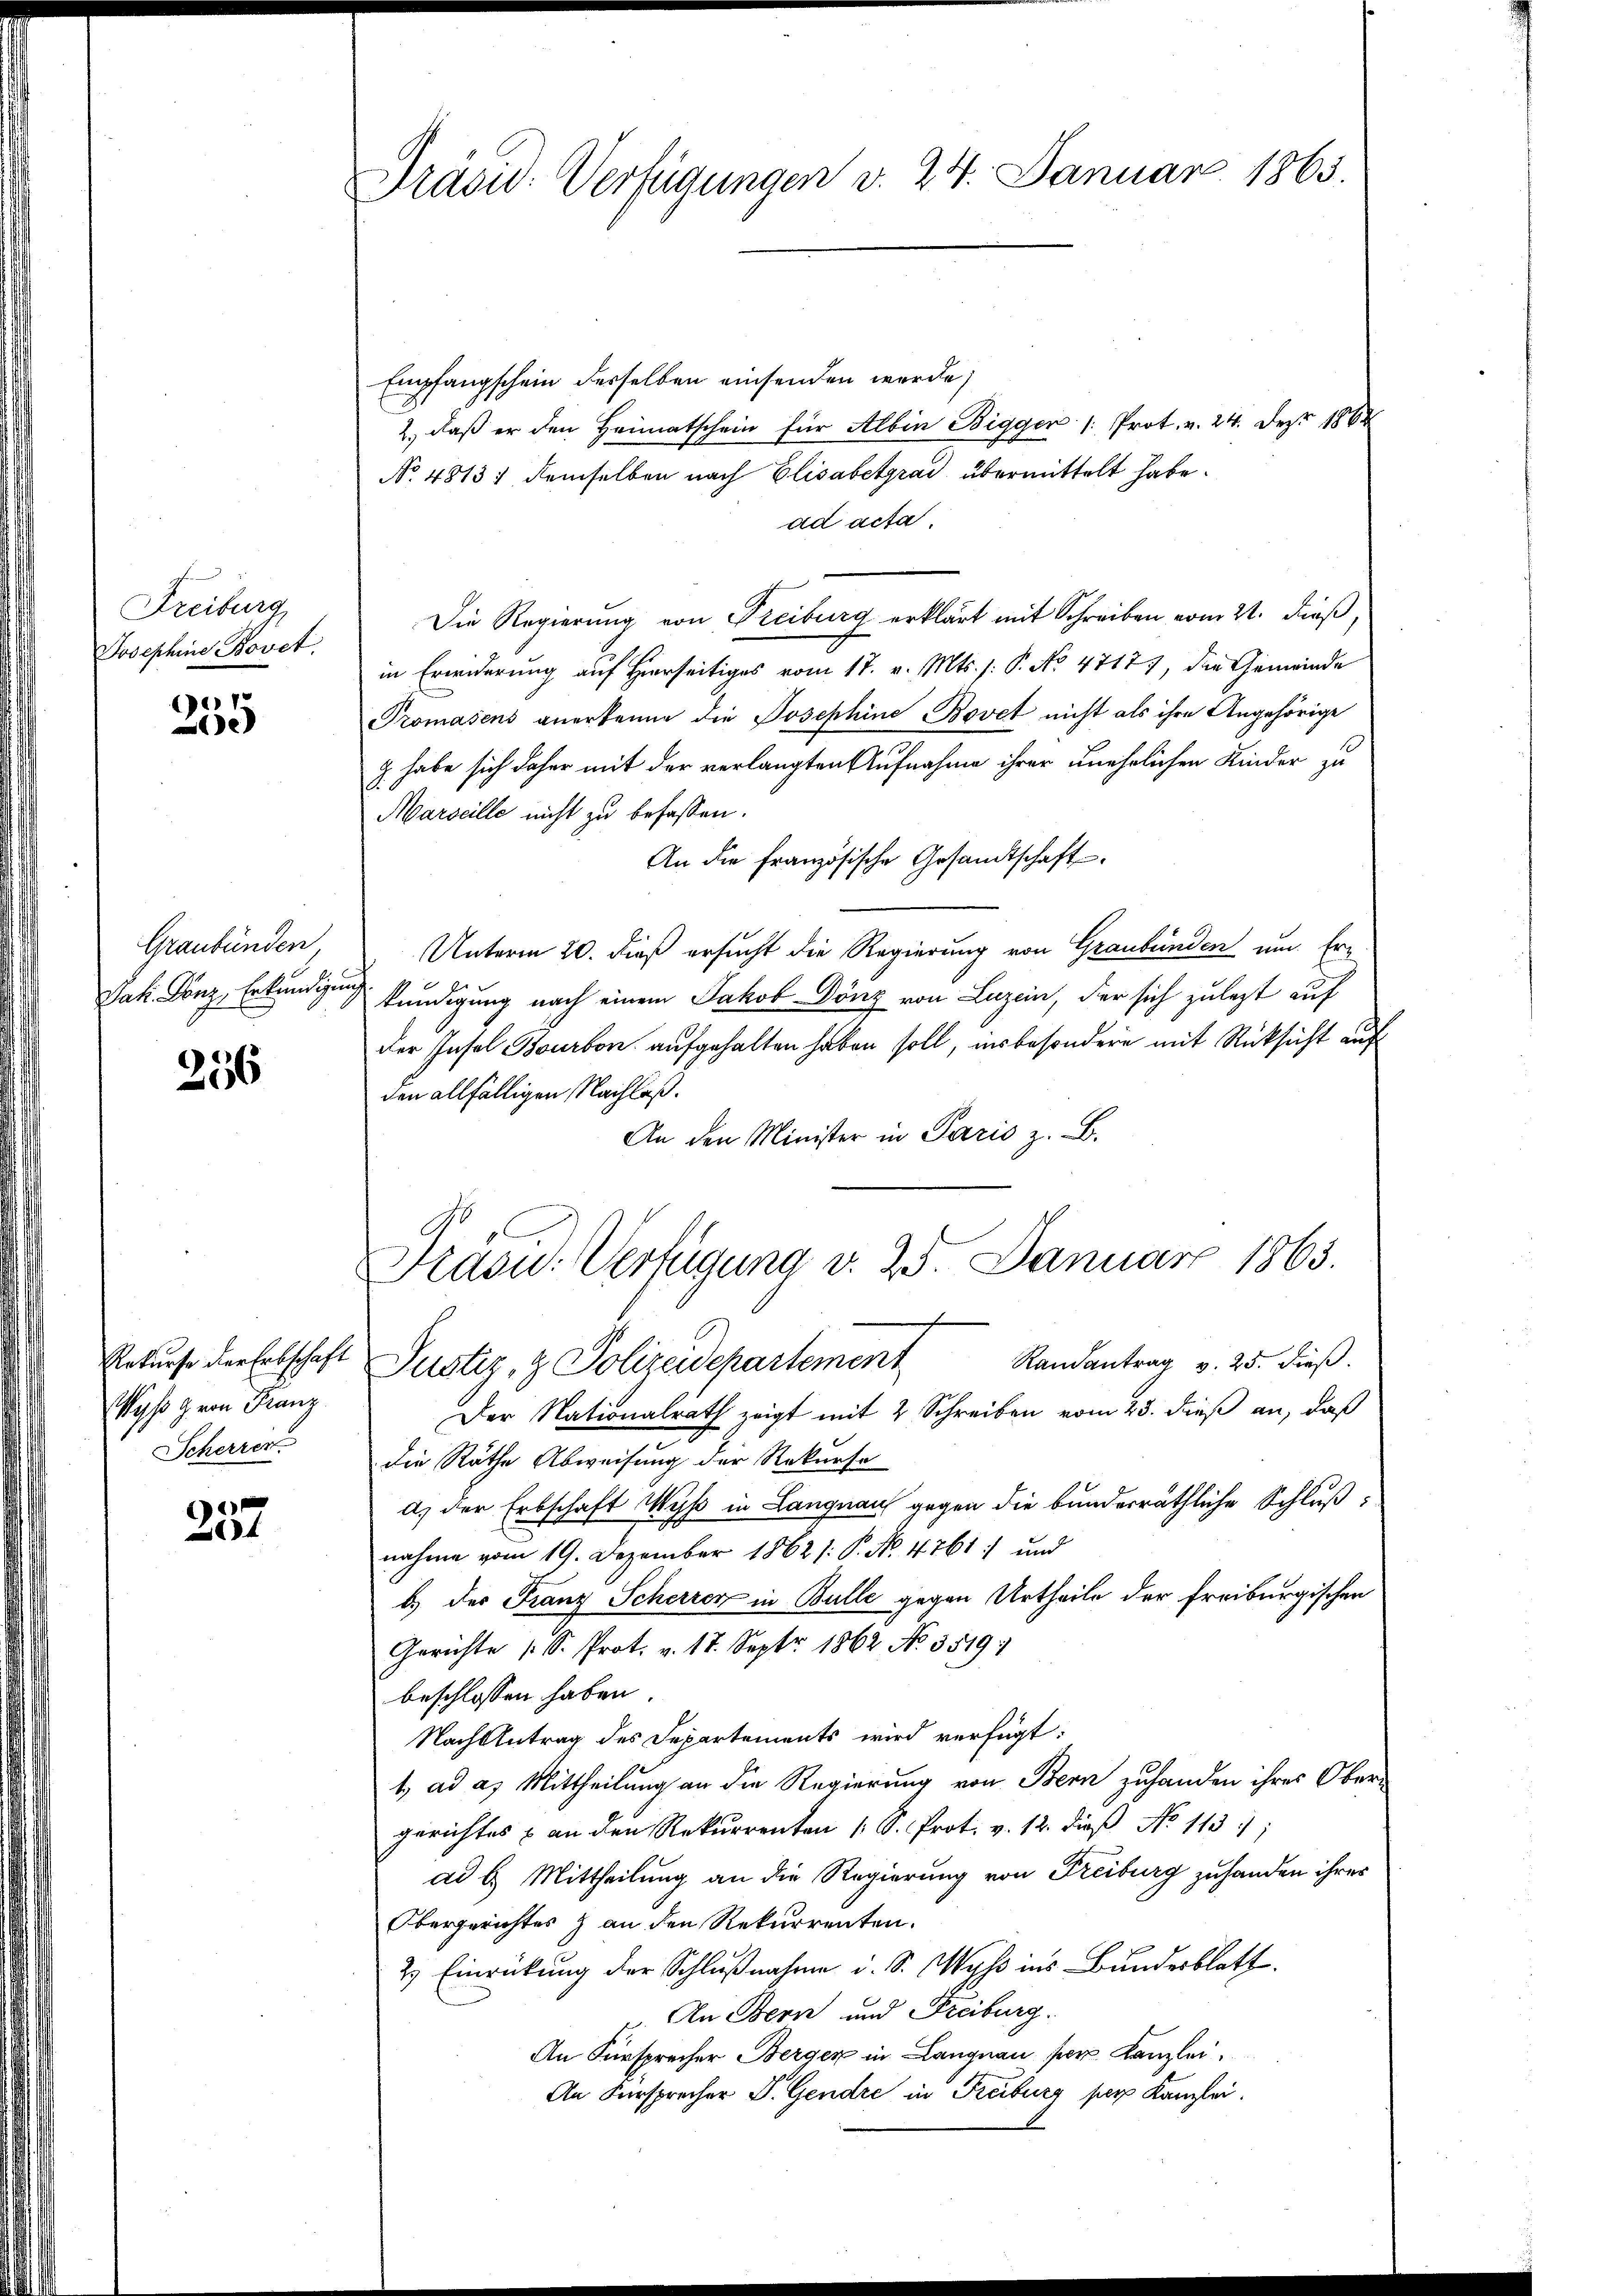
Freiburg,
Josephine Bovet.

1
e

Graubünden
dat. Long. Erkundigung

256

Rekurse der Erbschaft
Wyß von Franz
Scherren

1
4

Präsid. Verfügungen v. 24. Januar 1863.

Empfangschein derselben einsenden werde,
2., daß er den Heimatschein für Albin Bigger /: Prot. v. 24. Dez. 1864
No. 48137 demselben nach Elisabetgrad übermittelt habe.
ad acta
Die Regierung von Freiburg erklärt mit Schreiben vom 21. dieß,
in Erwiderung auf Hierseitiges vom 17. v. Mts. s: P. No 4717), die Gemeinde
Promasens anerkenne die Josephine Bovet nicht als ihre Angehörige
g. habe sich daher mit der verlangten Aufnahme ihrer unehrlichen Kinder zu
Marseille nicht zu befassen.
An die französische Gesandtschaft
Unterm 20. dieß ersucht die Regierung von Graubünden um Erkundigung nach einem Jakob Dönz von Luzern, der sich zulezt auf
der Insel Bourbon aufgehalten haben soll, insbesondere mit Rücksicht auf
den allfälligen Nachlaß.
An den Minister in Paris z. B.
Frasu: Verfügung v. 25 Januar 1863.
Justiz- & Polizeidepartement Randantrag v. 25. dieβ.
Der Nationalrath zeigt mit 2 Schreiben vom 23. dieß an, daß
die Räthe Abweisung der Rekurse
d) der Erbschaft Wyß in Langnau gegen die bunderräthliche Schlußnahme vom 19. Dezember 1862 /: P. Nr. 4761) und
b.) der Franz Scherren in Bulle gegen Urtheile der Freiburgischen
Gerichte (S. Prot. v. 17. Septr. 1862 No 3519:
beschlossen haben.
Nach Antrag des Departements wird verfügt:
1. ad a. Mittheilung an die Regierung von Bern zuhanden ihres Ober-
gerichtes & an den Rekurrenten (S. Prot. v. 12. dieß No 11311;
ad b. Mittheilung an die Regierung von Freiburg zuhanden ihres
Obergerichtes & an den Rekurrenten.
2.) Einrückung der Schlußnahme u. S. Wyss ins Bundesblatt
An Bern und Freiburg.
An Fürsprecher Berger in Langnau par Kanzlei,
An Fürsprecher P. Gendre in Freiburg per Kanzlei.